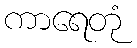
ကာရေတုံ